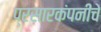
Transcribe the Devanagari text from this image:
प्रसारकंपनीचे